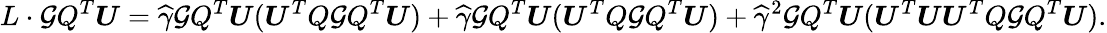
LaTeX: L\cdot{\mathcal G}Q^{T}{\boldsymbol U}=\widehat\gamma{\mathcal G}Q^{T}{\boldsymbol U}({\boldsymbol U}^{T}Q{\mathcal G}Q^{T}{\boldsymbol U})+\widehat\gamma{\mathcal G}Q^{T}{\boldsymbol U}({\boldsymbol U}^{T}Q{\mathcal G}Q^{T}{\boldsymbol U})+\widehat\gamma^{2}{\mathcal G}Q^{T}{\boldsymbol U}({\boldsymbol U}^{T}{\boldsymbol U}{\boldsymbol U}^{T}Q{\mathcal G}Q^{T}{\boldsymbol U}).